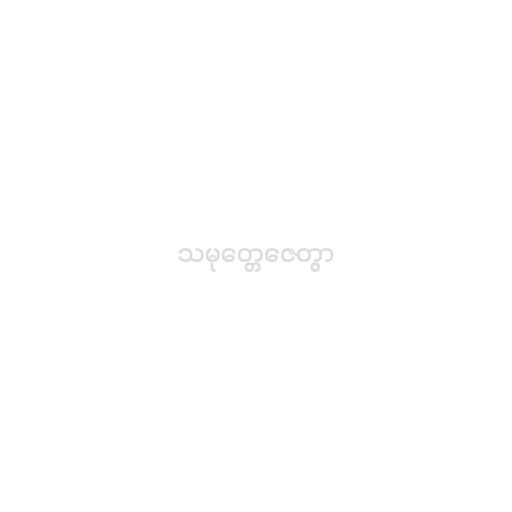
သမုတ္တေဇေတွာ